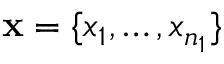
\mathbf x = \{ x _ { 1 } , \dots , x _ { n _ { 1 } } \}